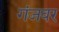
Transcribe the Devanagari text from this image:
गंजवर